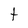
Character: t